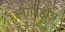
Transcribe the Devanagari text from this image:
लार्जसन्न